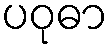
ပဝုဓာ